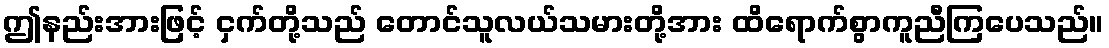
ဤနည်းအားဖြင့် ငှက်တို့သည် တောင်သူလယ်သမားတို့အား ထိရောက်စွာကူညီကြပေသည်။